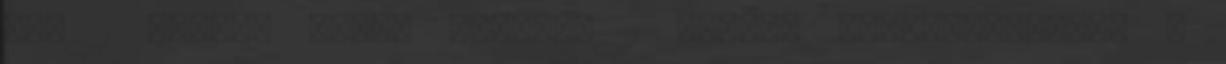
idő 1 Kálnay Adél: Kérlelő 1 Kálnay AdélKövessétek a